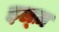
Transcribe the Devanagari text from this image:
इल्ज़